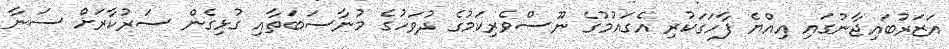
އަޒަރުބައިޖާނުގައި އިއްޔެ ފާހަގަކުރި އެގައުމުގެ ނޫސްވެރިކަމުގެ ދުވަހުގެ މުނާސަބަތާއި ގުޅިގެން ސަރުކާރަށް ސަނާ